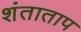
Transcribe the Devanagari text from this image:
शंताताप